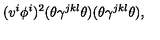
( v ^ { i } \phi ^ { i } ) ^ { 2 } ( \theta \gamma ^ { j k l } \theta ) ( \theta \gamma ^ { j k l } \theta ) ,